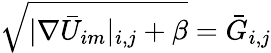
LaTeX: \sqrt{|\nabla\bar{U}_{im}|_{i,j}+\beta}=\bar{G}_{i,j}